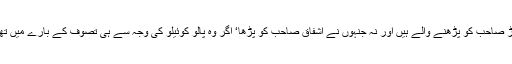
سب سے زیادہ مزے کی بات یہ کہ ہمارے وہ بچے جو صرف انگریزی پڑھتے ہیں اور جو نہ تارڑ صاحب کو پڑھنے والے ہیں اور نہ جنہوں نے اشفاق صاحب کو پڑھا‘ اگر وہ پالو کوئیلو کی وجہ سے ہی تصوف کے بارے میں تھوڑا بہت جان لیں اور ہپیوں کی صفائی میں لکھے گئے چند صفحے پڑھ لیں تو اس میں برا کیا ہے؟